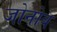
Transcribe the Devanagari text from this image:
जोनोब